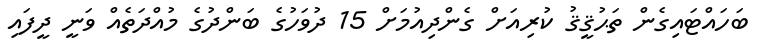
ބަހައްޓައިގެން ތަޙުޤީޤު ކުރިއަށް ގެންދިއުމަށް 15 ދުވަހުގެ ބަންދުގެ މުއްދަތެއް ވަނީ ދީފައި